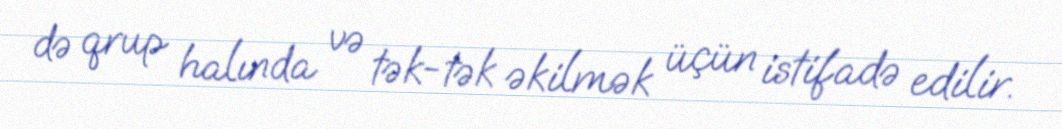
də qrup halında və tək-tək əkilmək üçün istifadə edilir.